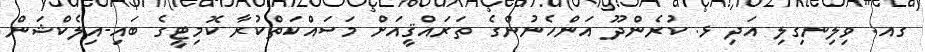
ގއ. ވިލިނގިލި އަދި ޅ. ކުރެންދޫ އަންހެނުންގެ ތަރައްޤީއަށް މަސައްކަތްކުރާ ކޮމިޓީގެ ބައި-އިލެކްޝަން